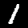
Digit: 1